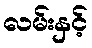
လမ်းနှင့်